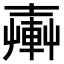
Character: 𨍔